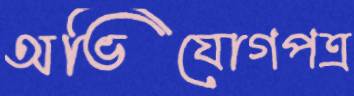
অভিযোগপত্র